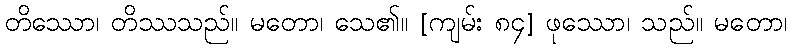
တိဿော၊ တိဿသည်။ မတော၊ သေ၏။ [ကျမ်း ၈၄] ဖုဿော၊ သည်။ မတော၊